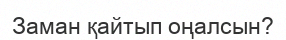
Заман қайтып оңалсын?